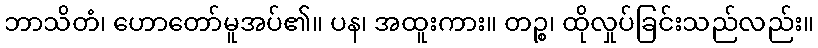
ဘာသိတံ၊ ဟောတော်မူအပ်၏။ ပန၊ အထူးကား။ တဉ္စ၊ ထိုလှုပ်ခြင်းသည်လည်း။